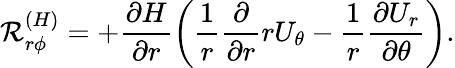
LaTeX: {\cal{R}}_{r\phi}^{({H})}=+\frac{\partial H}{\partial r}\left({\frac{1}{r}\frac{\partial}{\partial r}rU_{\theta}-\frac{1}{r}\frac{\partial U_{r}}{\partial\theta}}\right).